Report of the Indian Hemp Drugs Commission, 1894-1895 - Volume IV
Year: 1894
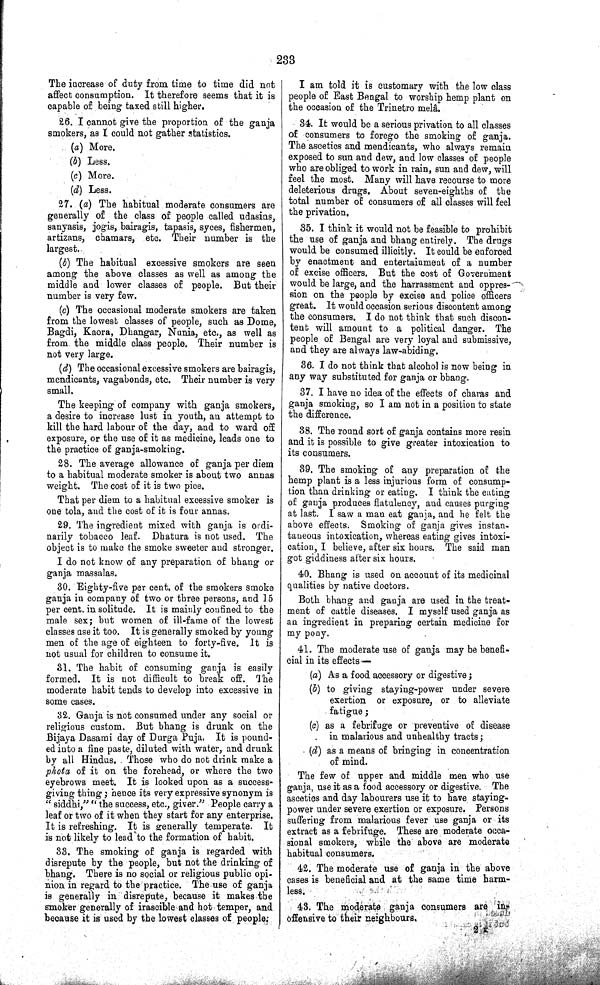
233
The increase of duty from time to time did not
affect consumption. It therefore seems that it is
capable of being taxed still higher.
26. I cannot give the proportion of the ganja
smokers, as I could not gather statistics.
(a) More.
(b) Less.
(c) More.
(d) Less.
27. (a) The habitual moderate consumers are
generally of the class of people called udasins,
sanyasis, jogis, bairagis, tapasis, syces, fishermen,
artizans, chamars, etc. Their number is the
largest.
(b) The habitual excessive smokers are seen
among the above classes as well as among the
middle and lower classes of people. But their
number is very few.
(c) The occasional moderate smokers are taken
from the lowest classes of people, such as Dome,
Bagdi, Kaora, Dhangar, Nunia, etc., as well as
from the middle class people. Their number is
not very large.
(d) The occasional excessive smokers are bairagis,
mendicants, vagabonds, etc. Their number is very
small.
The keeping of company with ganja smokers,
a desire to increase lust in youth, an attempt to
kill the hard labour of the day, and to ward off
exposure, or the use of it as medicine, leads one to
the practice of ganja-smoking.
28. The average allowance of ganja per diem
to a habitual moderate smoker is about two annas
weight. The cost of it is two pice.
That per diem to a habitual excessive smoker is
one tola, and the cost of it is four annas.
29. The ingredient mixed with ganja is ordi-
narily tobacco leaf. Dhatura is not used. The
object is to make the smoke sweeter and stronger.
I do not know of any preparation of bhang or
ganja massalas.
30. Eighty-five per cent. of the smokers smoke
ganja in company of two or three persons, and 15
per cent. in solitude. It is mainly confined to the
male sex; but women of ill-fame of the lowest
classes use it too. It is generally smoked by young
men of the age of eighteen to forty-five. It is
not usual for children to consume it.
31. The habit of consuming ganja is easily
formed. It is not difficult to break off. The
moderate habit tends to develop into excessive in
some cases.
32. Ganja is not consumed under any social or
religious custom. But bhang is drunk on the
Bijaya Dasami day of Durga Puja. It is pound-
ed into a fine paste, diluted with water, and drunk
by all Hindus. Those who do not drink make a
phota of it on the forehead, or where the two
eyebrows meet. It is looked upon as a success-
giving thing; hence its very expressive synonym is
"siddhi," "the success, etc., giver." People carry a
leaf or two of it when they start for any enterprise.
It is refreshing. It is generally temperate. It
is not likely to lead to the formation of habit.
33. The smoking of ganja is regarded with
disrepute by the people, but not the drinking of
bhang. There is no social or religious public opi-
nion in regard to the practice. The use of ganja
is generally in disrepute, because it makes the
smoker generally of irascible and hot temper, and
because it is used by the lowest classes of people.
I am told it is customary with the low class
people of East Bengal to worship hemp plant on
the occasion of the Trinetro melâ.
34. It would be a serious privation to all classes
of consumers to forego the smoking of ganja.
The ascetics and mendicants, who always remain
exposed to sun and dew, and low classes of people
who are obliged to work in rain, sun and dew, will
feel the most. Many will have recourse to more
deleterious drugs. About seven-eighths of the
total number of consumers of all classes will feel
the privation.
35. I think it would not be feasible to prohibit
the use of ganja and bhang entirely. The drugs
would be consumed illicitly. It could be enforced
by enactment and entertainment of a number
of excise officers. But the cost of Government
would be large, and the harrassment and oppres-
sion on the people by excise and police officers
great. It would occasion serious discontent among
the consumers. I do not think that such discon-
tent will amount to a political danger. The
people of Bengal are very loyal and submissive,
and they are always law-abiding.
36. I do not think that alcohol is now being in
any way substituted for ganja or bhang.
37. I have no idea of the effects of charas and
ganja smoking, so I am not in a position to state
the difference.
38. The round sort of ganja contains more resin
and it is possible to give greater intoxication to
its consumers.
39. The smoking of any preparation of the
hemp plant is a less injurious form of consump-
tion than drinking or eating. I think the eating
of ganja produces flatulency, and causes purging
at last. I saw a man eat ganja, and he felt the
above effects. Smoking of ganja gives instan-
taneous intoxication, whereas eating gives intoxi-
cation, I believe, after six hours. The said man
got giddiness after six hours.
40. Bhang is used on account of its medicinal
qualities by native doctors.
Both bhang and ganja are used in the treat-
ment of cattle diseases. I myself used ganja as
an ingredient in preparing certain medicine for
my pony.
41. The moderate use of ganja may be benefi-
cial in its effects—
(a) As a food accessory or digestive;
(b) to giving staying-power under severe
exertion or exposure, or to alleviate
fatigue;
(c) as a febrifuge or preventive of disease
in malarious and unhealthy tracts;
(d) as a means of bringing in concentration
of mind.
The few of upper and middle men who use
ganja, use it as a food accessory or digestive. The
ascetics and day labourers use it to have staying-
power under severe exertion or exposure. Persons
suffering from malarious fever use ganja or its
extract as a febrifuge. These are moderate occa-
sional smokers, while the above are moderate
habitual consumers.
42. The moderate use of ganja in the above
cases is beneficial and at the same time harm-
less.
43. The moderate ganja consumers are in-
offensive to their neighbours.
2 K